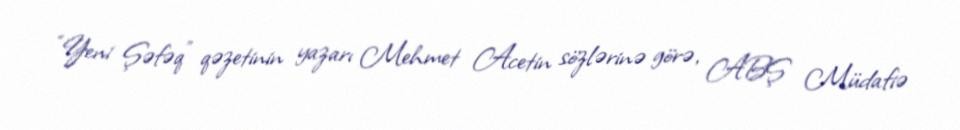
“Yeni Şəfəq” qəzetinin yazarı Mehmet Acetin sözlərinə görə, ABŞ Müdafiə